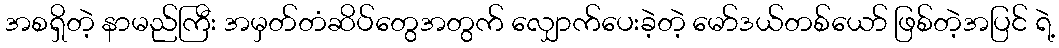
အစရှိတဲ့ နာမည်ကြီး အမှတ်တံဆိပ်တွေအတွက် လျှောက်ပေးခဲ့တဲ့ မော်ဒယ်တစ်ယော် ဖြစ်တဲ့အပြင် ရဲ့